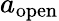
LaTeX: a_{\mathrm{open}}